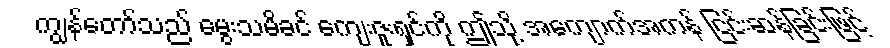
ကျွန်တော်သည် မွေးသမိခင် ကျေးဇူးရှင်ကို ဤသို့ အကျောက်အကန် ငြင်းဆန်ခြင်းဖြင့်